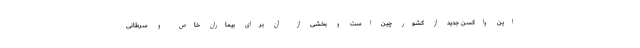
این واکسن جدید از کشور چین است و بخشی از آن برای بیماران خاص و سرطانی